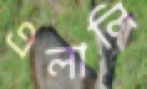
এলালি